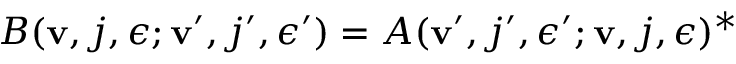
B ( { \bf v } , j , \epsilon ; { \bf v } ^ { \prime } , j ^ { \prime } , \epsilon ^ { \prime } ) = A ( { \bf v } ^ { \prime } , j ^ { \prime } , \epsilon ^ { \prime } ; { \bf v } , j , \epsilon ) ^ { * }